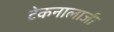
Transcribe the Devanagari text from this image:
टेकनालाजी